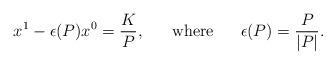
LaTeX: \begin{align*}x^1 - \epsilon (P)x^0 =\frac{K}{P},~~~~~\mbox{where}~~~~~ \epsilon (P) =\frac{P}{|P|}.\end{align*}